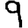
Digit: 9